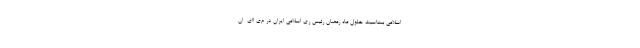
اسلامی بمناسبت حلول ماه رمضان رئیس ری اسلامی ایران در م‌ی ا‌ای  ان